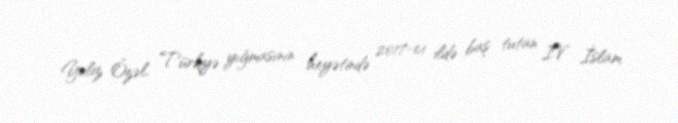
Yeliz Özəl, Türkiyə yığmasının heyətində 2017-ci ildə baş tutan IV İslam